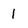
Character: l